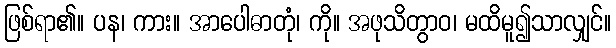
ဖြစ်ရာ၏။ ပန၊ ကား။ အာပေါဓာတုံ၊ ကို။ အဖုသိတွာဝ၊ မထိမူ၍သာလျှင်။